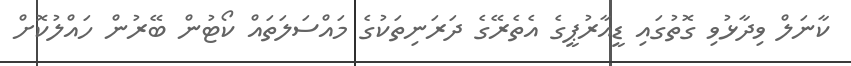
ކާނަލް ވިދާޅުވި ގޮތުގައި ޑީއާރުޕީގެ އެތެރޭގެ ދަރަނިތަކުގެ މައްސަލަތައް ކޯޓުން ބޭރުން ހައްލުކޮށް